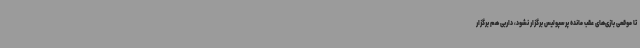
تا موقعی بازی‌های عقب مانده پرسپولیس برگزار نشود، داربی هم برگزار